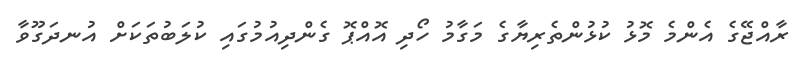
ރާއްޖޭގެ އެންމެ މޮޅު ކުޅުންތެރިޔާގެ މަގާމު ހޯދި އޮއްޕޮ ގެންދިއުމުގައި ކުލަބުތަކަށް އުނދަގޫވާ